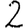
Digit: 2